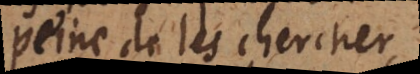
peine de les chercher